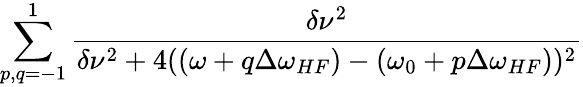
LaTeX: \sum_{p,q=-1}^{1}\frac{\delta\nu^{2}}{\delta\nu^{2}+4((\omega+q\Delta\omega_{HF})-(\omega_{0}+p\Delta\omega_{HF}))^{2}}